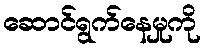
ဆောင်ရွက်နေမှုကို